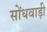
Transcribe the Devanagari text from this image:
सोंधवाड़ी